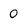
Character: 0